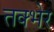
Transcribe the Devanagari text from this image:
तक्भेर